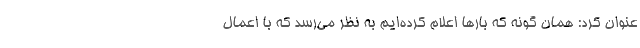
عنوان کرد: همان گونه که بارها اعلام کرده‌ایم به نظر می‌رسد که با اعمال